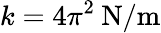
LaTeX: k=4\pi^{2}\: \mathrm{N/m}